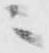
ニ